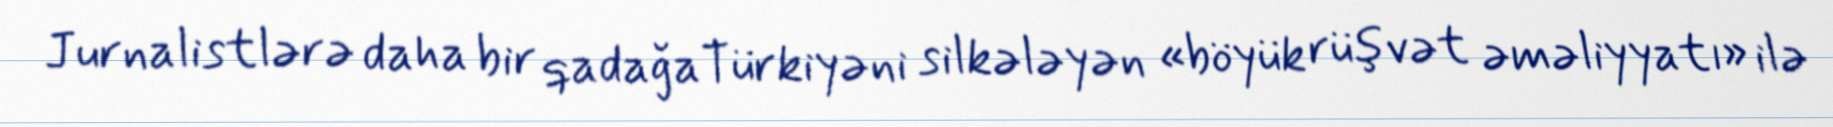
Jurnalistlərə daha bir qadağaTürkiyəni silkələyən «böyük rüşvət əməliyyatı» ilə